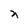
Character: n